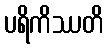
ပရိကိဿတိ